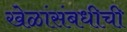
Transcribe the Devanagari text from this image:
खेळांसंबधीची